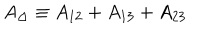
LaTeX: A _ { \Delta } \equiv A _ { 1 2 } + A _ { 1 3 } + A _ { 2 3 }